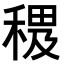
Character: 𥠰